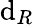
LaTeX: \mathrm{d}_{R}